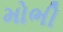
મોભી